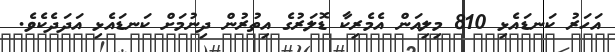
އަހަރު ކަނޑައެޅި 810 މިލިއަން އެމެރިކާ ޑޮލަރުގެ އިތުރުން ދިނުމަށް ކަނޑައެޅި އަދަދެކެވެ.